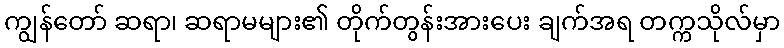
ကျွန်တော် ဆရာ၊ ဆရာမများ၏ တိုက်တွန်းအားပေး ချက်အရ တက္ကသိုလ်မှာ